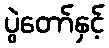
ပွဲတော်နှင့်